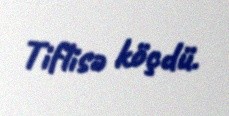
Tiflisə köçdü.